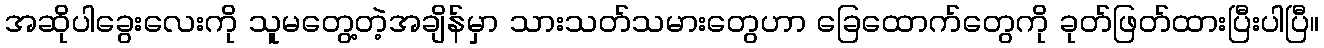
အဆိုပါခွေးလေးကို သူမတွေ့တဲ့အချိန်မှာ သားသတ်သမားတွေဟာ ခြေထောက်တွေကို ခုတ်ဖြတ်ထားပြီးပါပြီ။